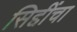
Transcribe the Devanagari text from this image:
सिद्दींचा